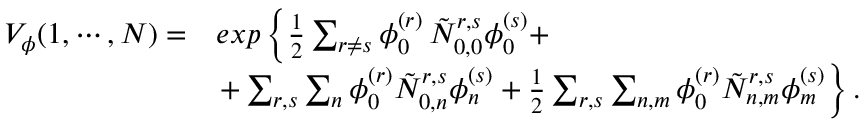
\begin{array} { l l } { { V _ { \phi } ( 1 , \cdots , N ) = } } & { { e x p \left\{ \frac { 1 } { 2 } \sum _ { r \neq s } \phi _ { 0 } ^ { ( r ) } \, \tilde { N } _ { 0 , 0 } ^ { r , s } \phi _ { 0 } ^ { ( s ) } + \right. } } \\ { { } } & { { \left. + \sum _ { r , s } \sum _ { n } \phi _ { 0 } ^ { ( r ) } \tilde { N } _ { 0 , n } ^ { r , s } \phi _ { n } ^ { ( s ) } + \frac { 1 } { 2 } \sum _ { r , s } \sum _ { n , m } \phi _ { 0 } ^ { ( r ) } \tilde { N } _ { n , m } ^ { r , s } \phi _ { m } ^ { ( s ) } \right\} . } } \end{array}